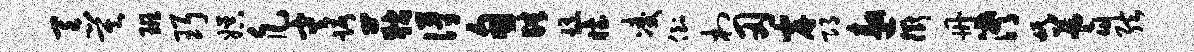
吞莫班珥娱凡灾踞荻得甸肆髓眙凌倒村刃岸邛遨衢册潸氓蓍弦